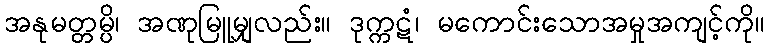
အနုမတ္တမ္ပိ၊ အဏုမြူမျှလည်း။ ဒုက္ကဋံ၊ မကောင်းသောအမှုအကျင့်ကို။